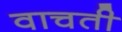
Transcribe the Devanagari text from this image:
वाचती